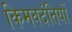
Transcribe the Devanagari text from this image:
किमवदंतियों